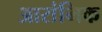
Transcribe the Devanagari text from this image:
आरांभिक